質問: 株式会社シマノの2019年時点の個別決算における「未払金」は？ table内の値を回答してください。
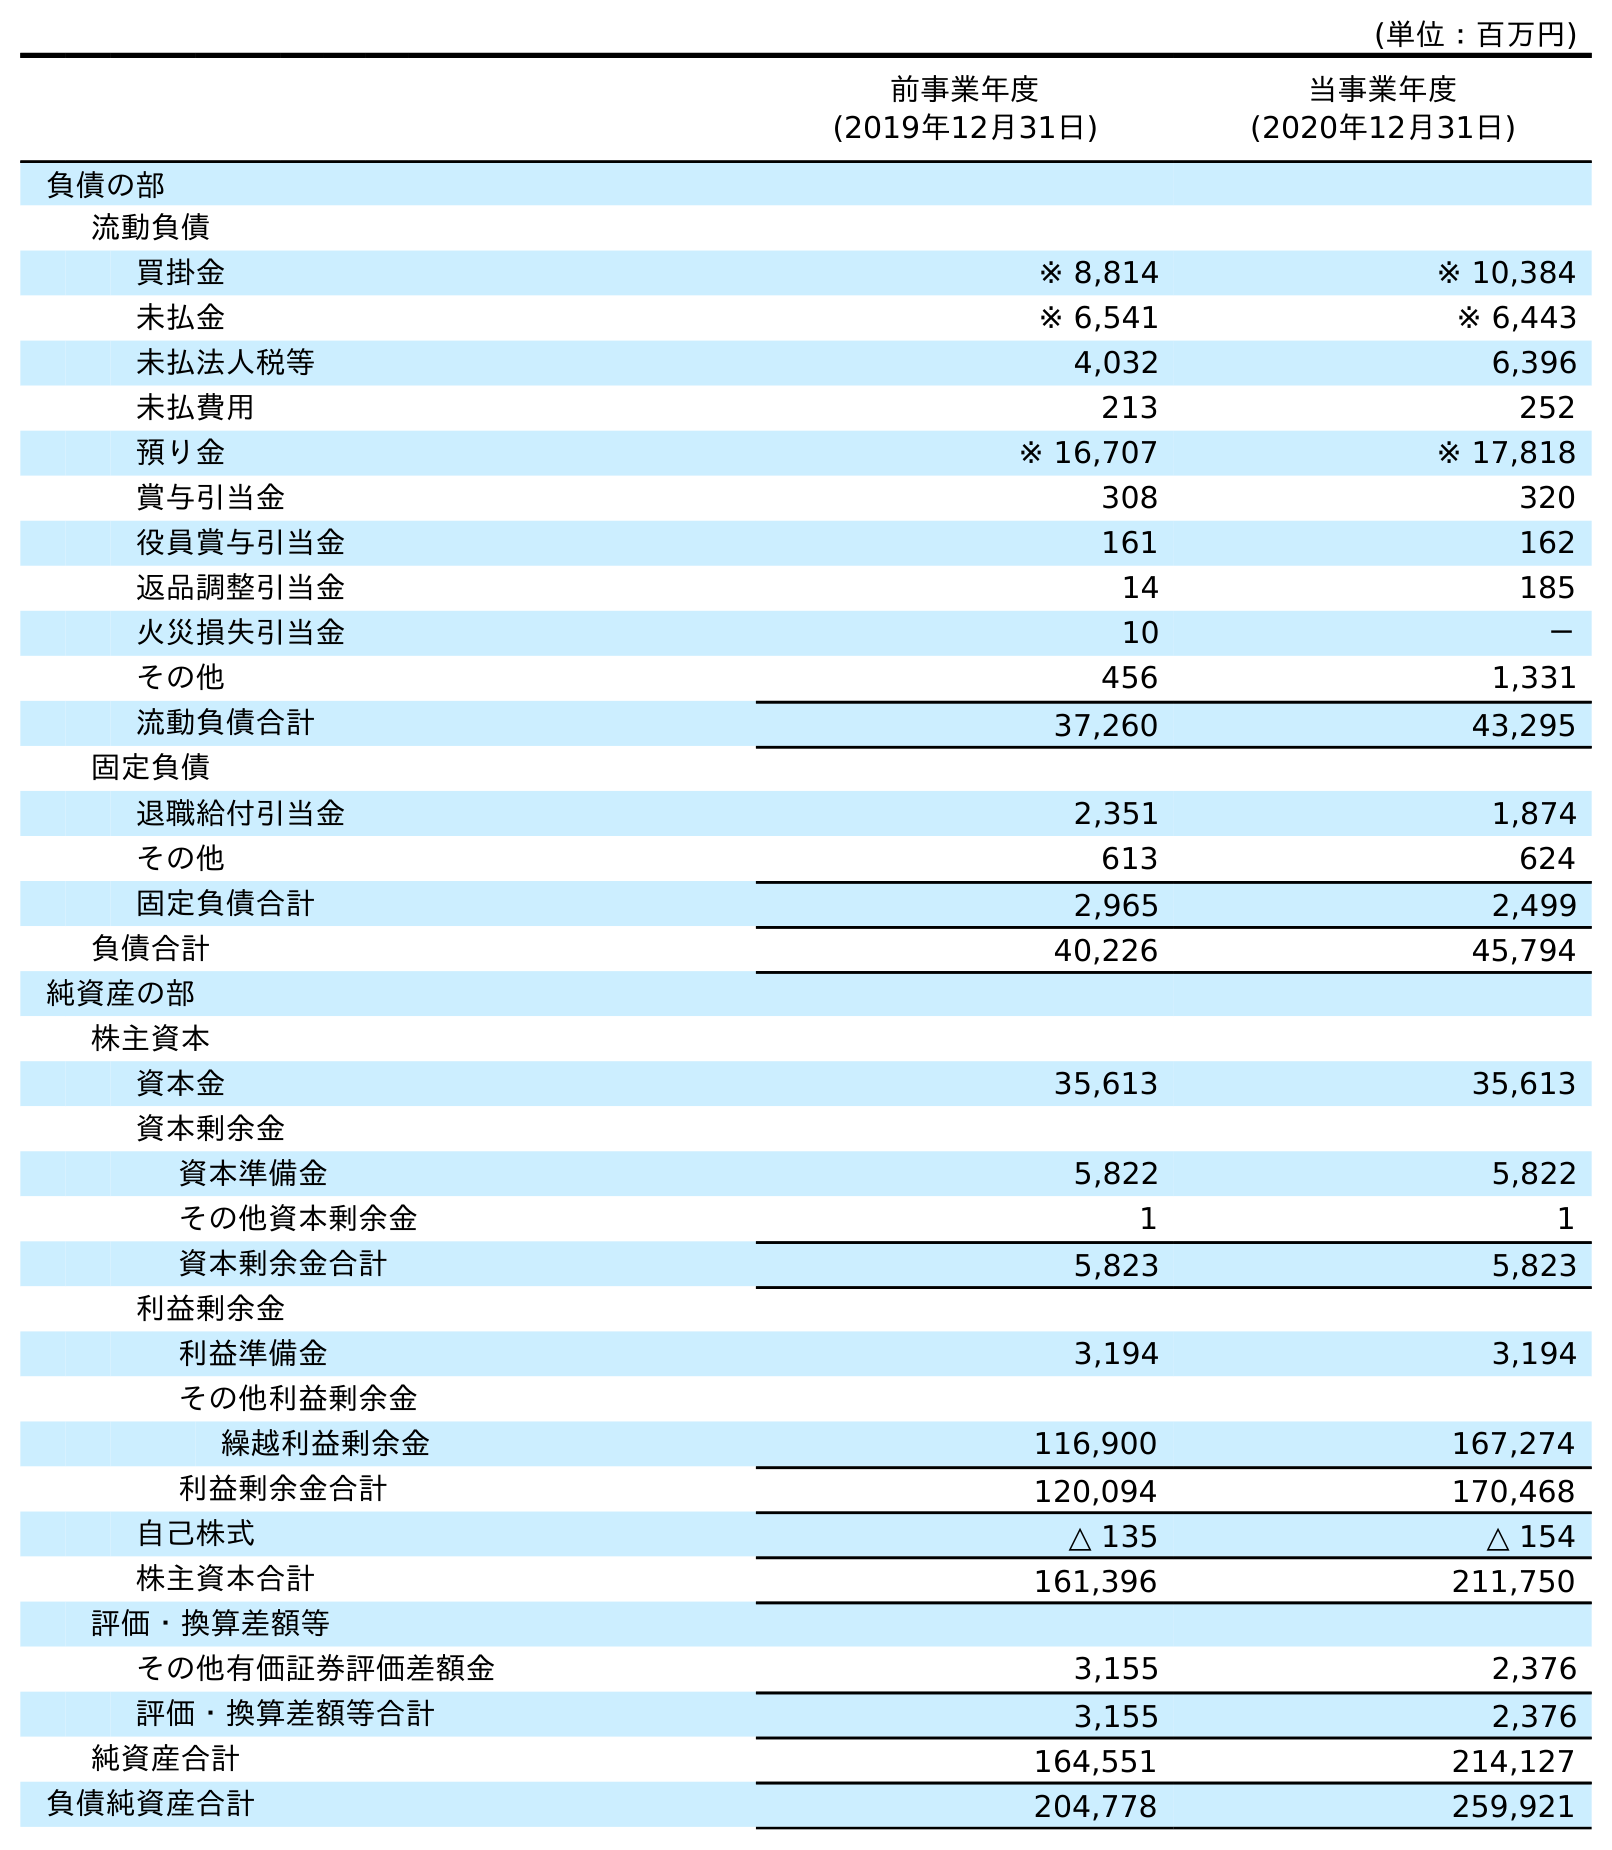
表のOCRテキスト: (単位：百万円) 前事業年度 (2019年12月31日) 当事業年度 (2020年12月31日) 負債の部 流動負債 買掛金 ※ 8,814 ※ 10,384 未払金 ※ 6,541 ※ 6,443 未払法人税等 4,032 6,396 未払費用 213 252 預り金 ※ 16,707 ※ 17,818 賞与引当金 308 320 役員賞与引当金 161 162 返品調整引当金 14 185 火災損失引当金 10 － その他 456 1,331 流動負債合計 37,260 43,295 固定負債 退職給付引当金 2,351 1,874 その他 613 624 固定負債合計 2,965 2,499 負債合計 40,226 45,794 純資産の部 株主資本 資本金 35,613 35,613 資本剰余金 資本準備金 5,822 5,822 その他資本剰余金 1 1 資本剰余金合計 5,823 5,823 利益剰余金 利益準備金 3,194 3,194 その他利益剰余金 繰越利益剰余金 116,900 167,274 利益剰余金合計 120,094 170,468 自己株式 △ 135 △ 154 株主資本合計 161,396 211,750 評価・換算差額等 その他有価証券評価差額金 3,155 2,376 評価・換算差額等合計 3,155 2,376 純資産合計 164,551 214,127 負債純資産合計 204,778 259,921
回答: ※6,541